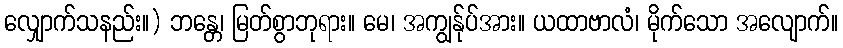
လျှောက်သနည်း။) ဘန္တေ၊ မြတ်စွာဘုရား။ မေ၊ အကျွန်ုပ်အား။ ယထာဗာလံ၊ မိုက်သော အလျောက်။